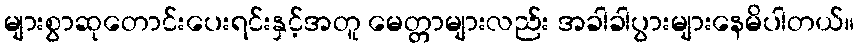
များစွာဆုတောင်းပေးရင်းနှင့်အတူ မေတ္တာများလည်း အခါခါပွားများနေမိပါတယ်။